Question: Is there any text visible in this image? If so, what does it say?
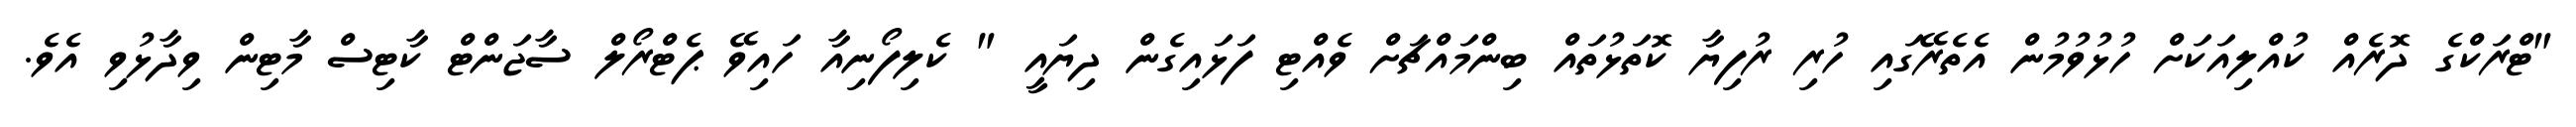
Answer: "ޓްރަކްގެ ދޮރެއް ކުއްލިއަކަށް ހުޅުވުމުން އެތެރޭގައި ހުރި ރުފިޔާ ކޮތަޅުތައް ބިންމައްޗަށް ވެއްޓި ފަޅައިގެން ދިޔައީ " ކެލިފޯނިއާ ހައިވޭ ޕެޓްރޯލް ސާޖަންޓް ކާޓިސް މާޓިން ވިދާޅުވި އެވެ.